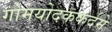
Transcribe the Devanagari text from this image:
गोमयोदककर्दमे